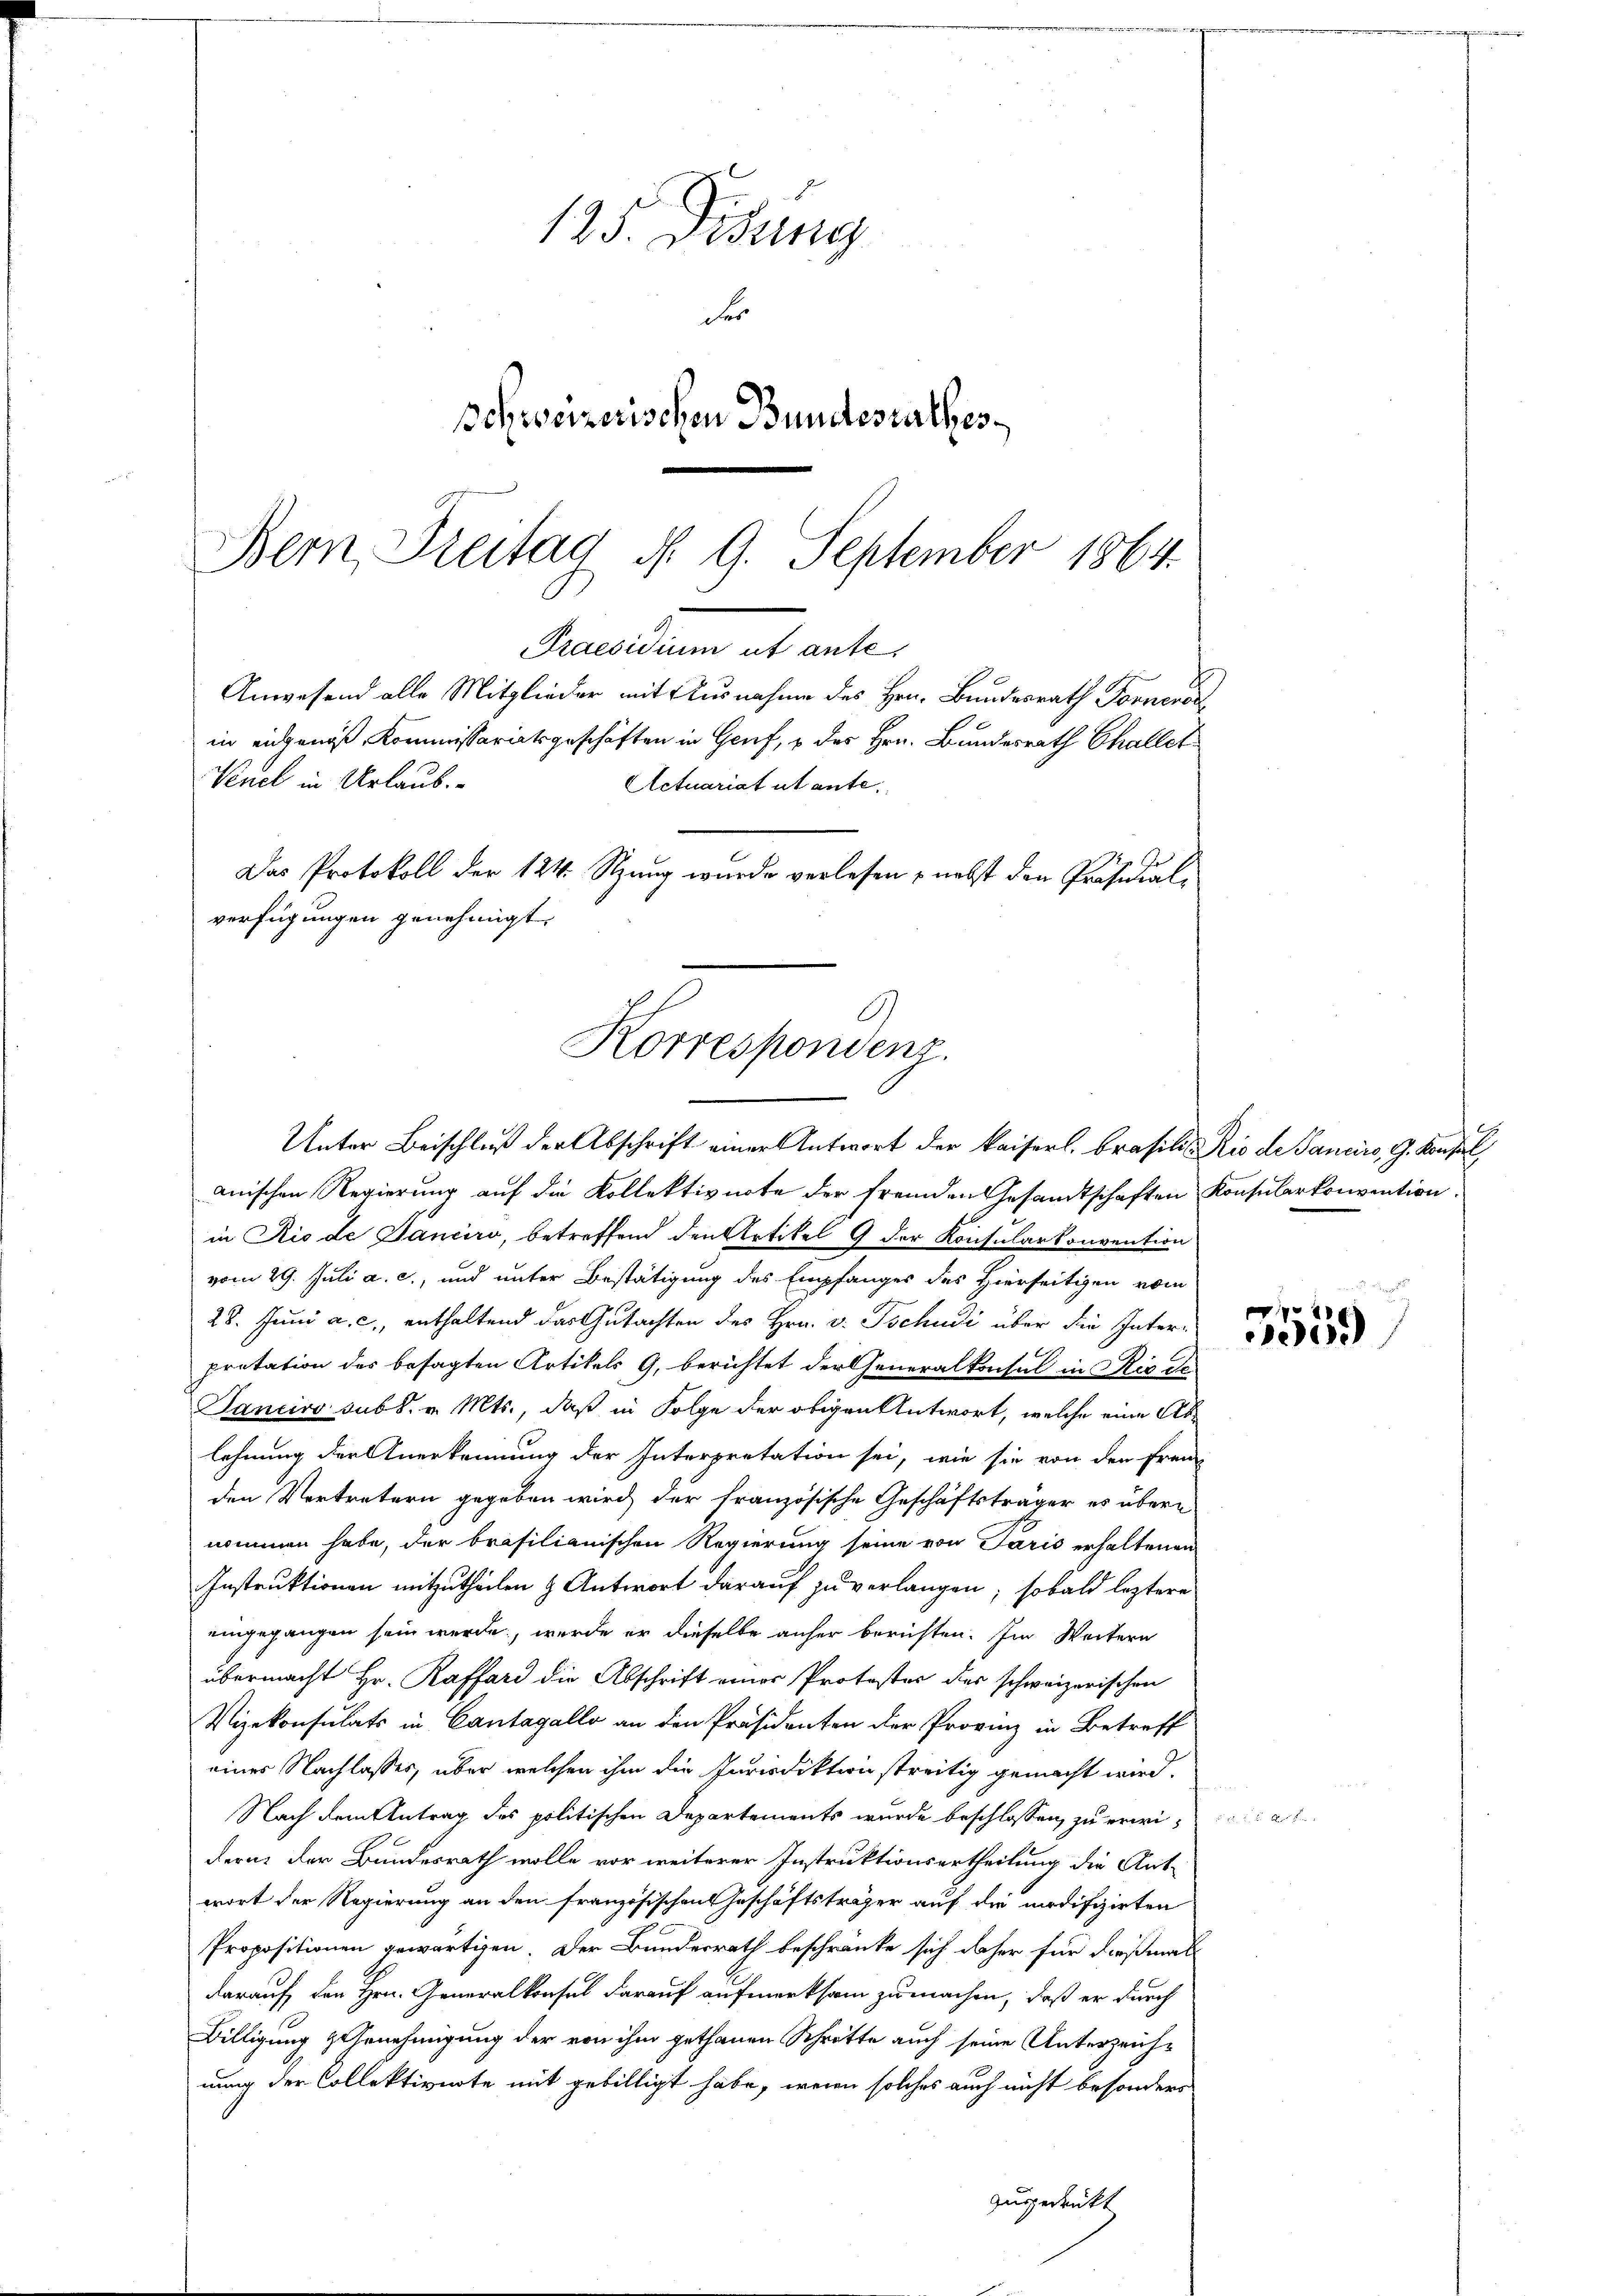
125. Disung
der
Schweizerischen Bundesrathes

Bern Freitag d. 9. September 1864.
Praesiduum et ante.
Anwesend alle Mitglieder mit Ausnahme des Hrn. Bundesrath Forneros
in eingenoß, Kommissariatsgeschäften in Genf, u des Hrn. Bundesrath Challet
Vuel in Urlaub.
Actuariat ut ante.
Das Protokoll der 124. Stzung wurde verlesen nebst den Präsidialverfügungen genehmigt.
C
Korrespondenz.

Unter Beischluß der Abschrift einer Antwort der kaiserl. Brasili, Rio de Panciro, G. Konsul
anischen Regierung auf die Kollektivirte der fremden Gesandtschaften Konsularkonvention
in Rio de Ganciro, betreffend den Artikel 9 der Konsularkonvention
vom 29. Juli a. c., und unter Bestätigung des Empfanges des Hierseitigen vom
28. Juni a. c., enthaltend das Gutachten des Hrn. v. Tschudi über die Interpretation des besagten Artikels G. berichtet der Generalkonsul in Rio de
Tanciro sub s. v. Mts., daß in Folge der obigen Antwort, welche eine Ablehnung der Anerkennung der Interpretation sei, wie sie von den Freu
den Vertretern gegeben wird, der französische Geschäftsträger es übere
nommen habe, der brasilianischen Regierung seine von Paris erhaltenen
Instruktionen mitzutheilen & Antwort darauf zu verlangen; sobald leztere
eingegangen sein werde, werde er dieselbe anher berichten. Im Weitern
übermacht Hr. Raffard die Abschrift einer Protester des schweizerischen
Vizekonsulats in Cantagello an den Präsidenten der Provinz in Betreff
eines Nachlasses, über welchen ihm die Jurisdiktion streitig gemacht wird.
Nach dem Antrag des politischen Departements wurde beschlossen, zu erwidern, der Bundesrath wolle vor weiterer Instruktionsertheilung die Ant-
wort der Regierung an den französischen Geschäftsträger auf die modifizirten
Propositionen gewärtigen. Der Bundesrath beschränke sich daher für dießmal
darauf den Hrn. Generalkonsul darauf aufmerksam zu machen, daß er durch
Billigung & Genehmigung der von ihm gethanen Schrötte auch seine Unterzeichnung der Collektivnote mit gebilligt habe, wenn solches auch nicht besondere
ausgedruckt

P
009

2